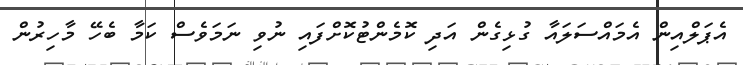
އެޕަލްއިން އެމައްސަލައާ ގުޅިގެން އަދި ކޮމެންޓުކޮށްފައި ނުވި ނަމަވެސް ކަމާ ބެހޭ މާހިރުން